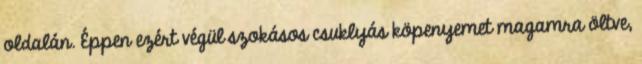
oldalán. Éppen ezért végül szokásos csuklyás köpenyemet magamra öltve,